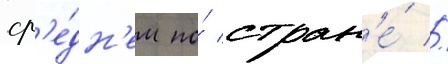
ср'е́дн'ем по́ стран'е́ //